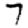
Digit: 7